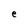
Character: e